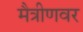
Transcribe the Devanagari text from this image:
मैत्रीणवर